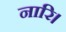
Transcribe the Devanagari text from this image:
नारि।